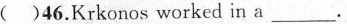
( )46.Krkonos worked in a_________.